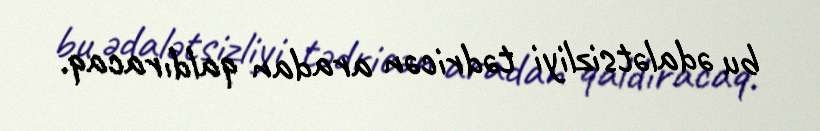
bu ədalətsizliyi tədricən aradan qaldıracaq.